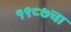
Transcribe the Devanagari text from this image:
१९८७चा